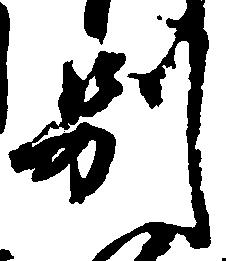
別